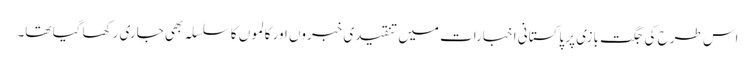
اس طرح کی جگت بازی پر پاکستانی اخبارات میں تنقیدی خبروں اور کالموں کا سلسلہ بھی جاری رکھا گیا تھا۔